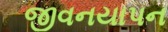
જીવનયાપન